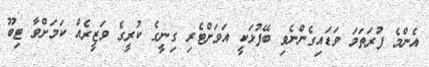
އެންމެ ފުރަތަމަ ވަޑައިގެންނެވި ބޭފުޅަކީ އަވަށްޓެރި ގިނީގެ ކުރީގެ ވަޒީރެއް ކަމަށްވާ ޓިބޫ